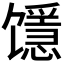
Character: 𱄉